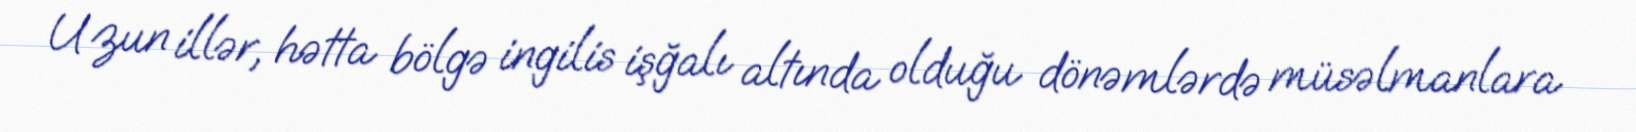
Uzun illər, hətta bölgə ingilis işğalı altında olduğu dönəmlərdə müsəlmanlara